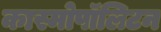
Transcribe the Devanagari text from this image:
कास्मोपॉलिटन